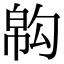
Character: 𢄇